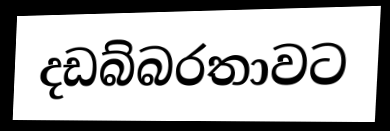
දඩබ්බරතාවට